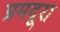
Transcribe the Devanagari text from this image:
प्रमदूरा